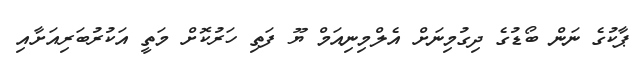
ޕާކުގެ ނަން ބޯޑުގެ ދިގުމިނަށް އެލްމިނިއަމް ޔޫ ފަތި ހަރުކޮށް މަތީ އަކުރުބަރިއަށާއި